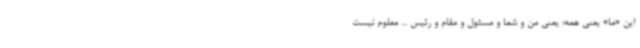
این «ما» یعنی همه؛ یعنی من و شما و مسئول و مقام و رئیس ... معلوم نیست